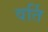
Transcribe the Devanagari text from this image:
वर्ति